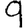
Digit: 9